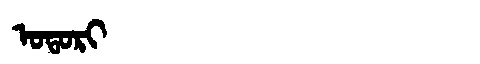
Manchu: ᠣᡨᠣᡵᡳ
Romanization: OTORI